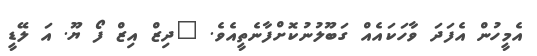
އެމީހުން އެފަދަ ވާހަކައެއް ގަބޫލުނުކޮށްފާނެތީއެވެ. "ދިޒް އިޒް ފޯ ޔޫ. އަ ލޭޑީ